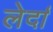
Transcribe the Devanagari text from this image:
लेर्दा